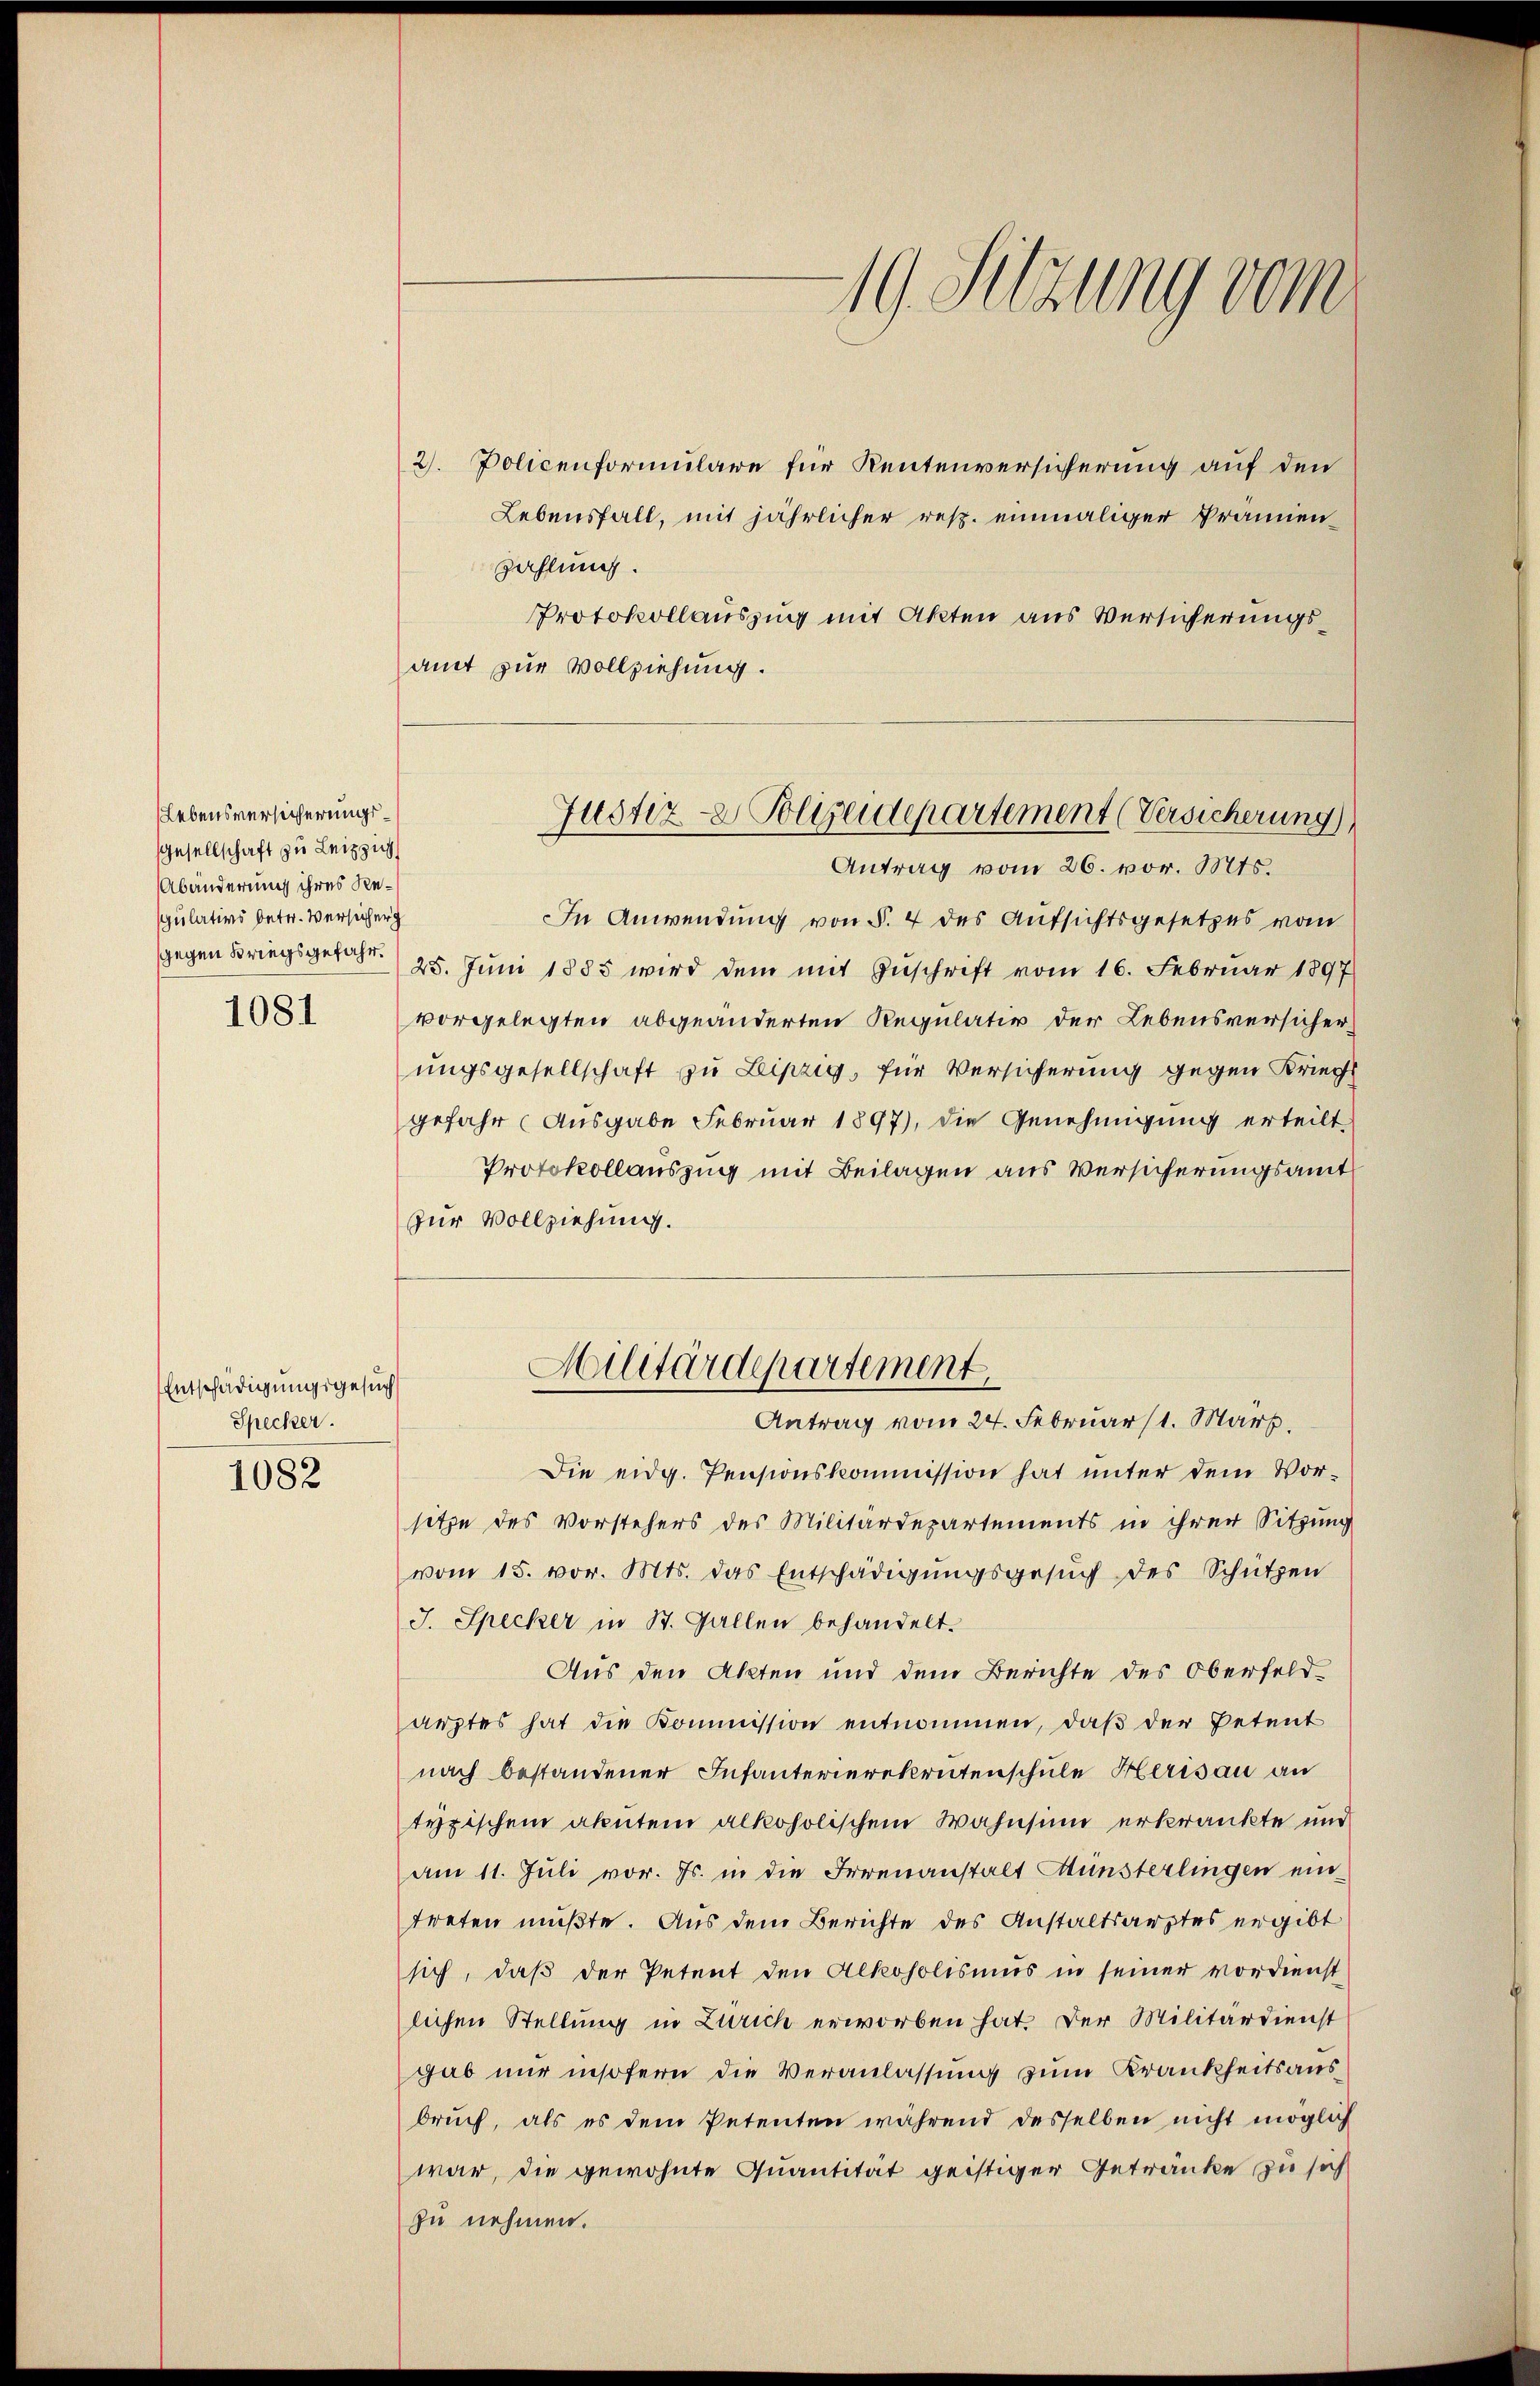
Lebensversicherungs¬
Gesellschaft zu Leizzug
Abänderung ihres Respulativs betr. Versicher
gegen Kriegsgefahr.
1081

Entschädigungsgesuch
Specker.

1082

2. Policenformulare für Rentenversicherung auf den
Lebensfall, mit jährlicher resp. einmaliger Prämienzahlung.
Protokollauszug mit Akten aus Versicherungsamt zur Vollziehung.

Antrag vom 26. vor. Mts.
In Anwendung von §. 4 des Aufsichtsgesetzes vom
25. Juni 1885 wird dem mit Zuschrift vom 16. Februar 1897
vorgelegten abgeänderten Regulativ der Lebensversicherungsgesellschaft zu Leipzig, für Versicherung gegen Kriegs
gefahr (Ausgabe Februar 1897), die Genehmigung erteilt,
Protokollauszug mit Beilagen aus Versicherungsamt
zur Vollziehung.
Die eidg. Pensionskommission hat unter dem Vorsetze des Vorstehers des Militärdepartements in ihrer Sitzung
vom 15. vor. Mts. das Entschädigungsgesuch des Schützen
J. Specker in St. Gallen behandelt.
Aus den Akten und dem Berichte des Oberfeldarztes hat die Kommission entnommen, daß der Petent
nach bestandener Infanterierekrutenschule Herisau an
typischen akutem alkoholischem Wahnsinn erkränkte und
Am 11. Juli vor. Js. in die Irrenanstalt Münsterlingen eintreten müßte. Aus dem Berichte des Anstaltsarztes ergibt
sich, daß der Petent den Alkoholismus in seiner vordienst
lichen Stellung in Zürich erworben hat. Der Militärdienst
gab nur insofern die Veranlassung zum Krankheitsausbruch, als es dem Petenten während desselben nicht möglich
war, die gewohnte Quantität geistiger Getränke zu sich
zu nehmen.

19. Sitzung vom

Justiz- & Polizeidepartement (Versicherung)

Militärdepartement
Antrag vom 24. Februars 1. März.